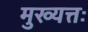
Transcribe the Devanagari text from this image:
मुख्यत्तः